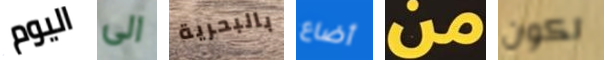
اليوم الى بالبحرية أضاع من تكون